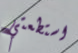
استطعتي